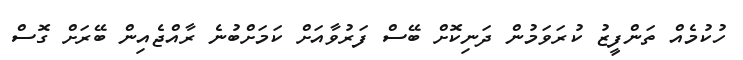
ހުކުމެއް ތަންފީޒު ކުރަވަމުން ދަނިކޮށް ބޭސް ފަރުވާއަށް ކަމަށްބުނެ ރާއްޖެއިން ބޭރަށް ގޮސް